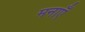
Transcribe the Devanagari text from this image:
मनाएँ